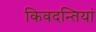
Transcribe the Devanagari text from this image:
किवदन्तियां